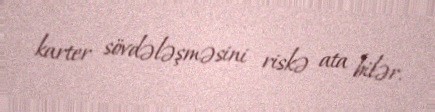
karter sövdələşməsini riskə ata bilər.